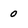
Character: 0